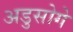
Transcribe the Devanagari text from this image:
अडुसोगे